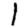
Digit: 1